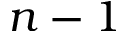
n - 1